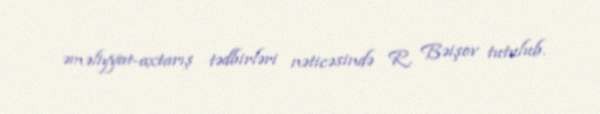
əməliyyat-axtarış tədbirləri nəticəsində R. Bəişov tutulub.